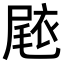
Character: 𭕧